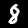
Digit: 8